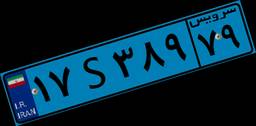
۸۷S۸۲۶۰۱